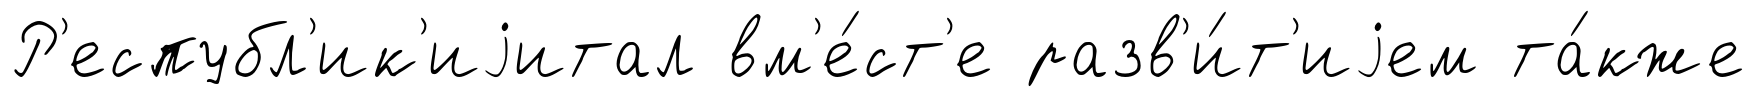
Р'еспубл'ик'иjитал вм'е́ст'е разв'и́т'иjем та́кже